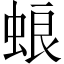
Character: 蜋